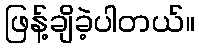
ဖြန့်ချိခဲ့ပါတယ်။